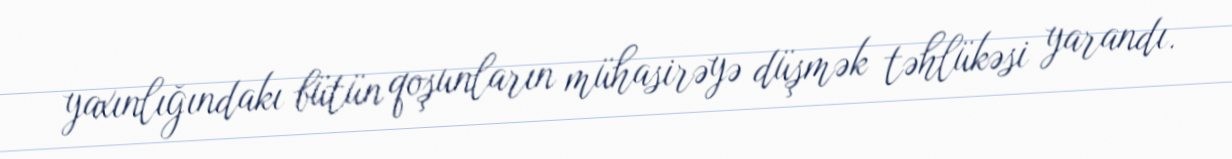
yaxınlığındakı bütün qoşunların mühasirəyə düşmək təhlükəsi yarandı.